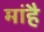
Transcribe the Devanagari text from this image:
मांहै